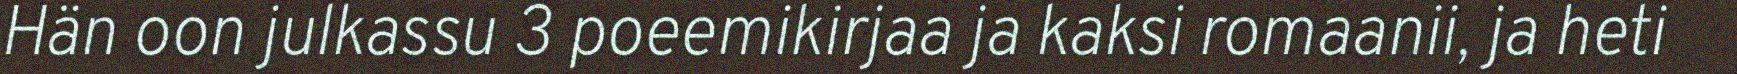
Hän oon julkassu 3 poeemikirjaa ja kaksi romaanii, ja heti